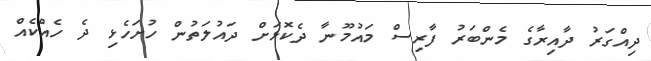
ދިއްގަރު ދާއިރާގެ މެންބަރު ފާރިސް މައުމޫނާ ދެކޮޅަށް ދައުލަތުން ހުށަހެޅި ދެ ހެއްކެއް